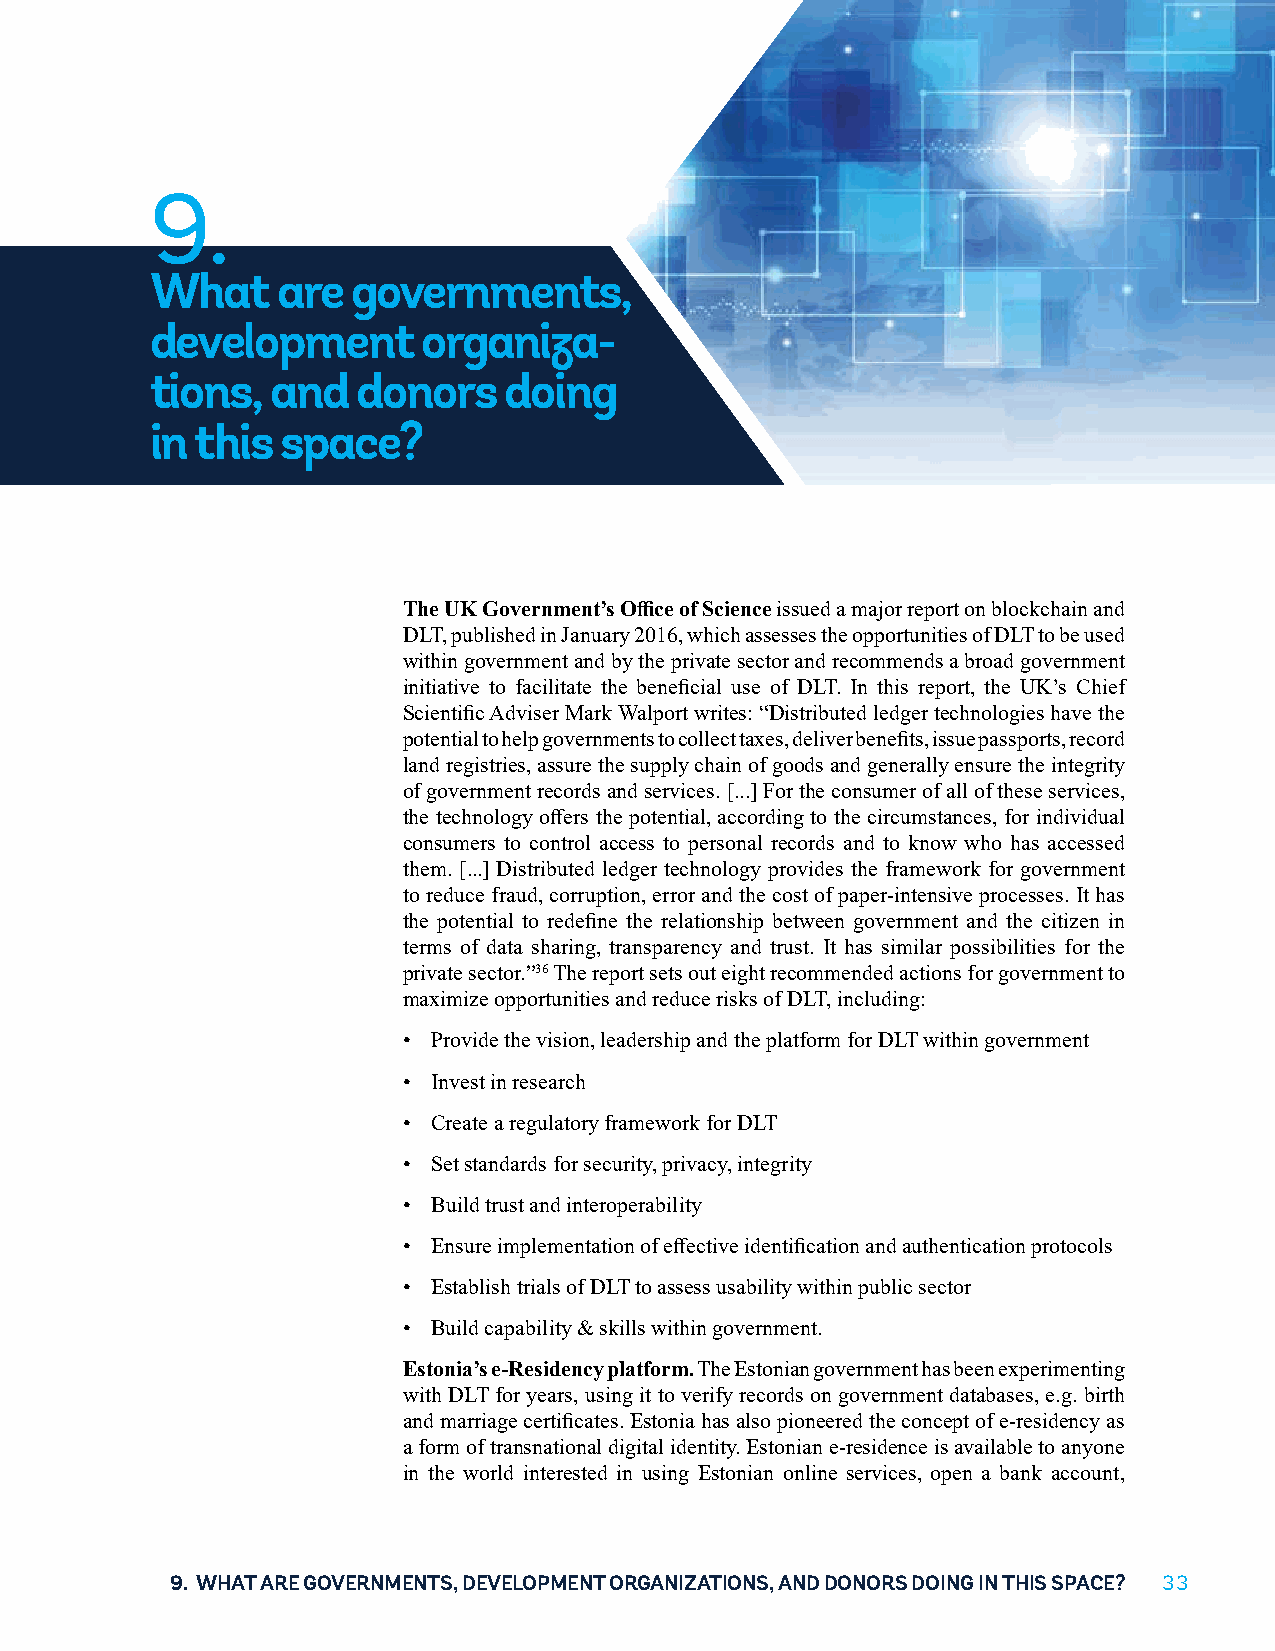
9.
 What    are  governments,
 development       organiza-
 tions,  and   donors   doing
 in this  space?
 The UK Government’s Office of Science issued a major report on blockchain and
 DLT, published in January 2016, which assesses the opportunities of DLT to be used
 within government and by the private sector and recommends a broad government
 initiative to facilitate the beneficial use of DLT. In this report, the UK’s Chief
 Scientific Adviser Mark Walport writes: “Distributed ledger technologies have the
 potential to help governments to collect taxes, deliver benefits, issue passports, record
 land registries, assure the supply chain of goods and generally ensure the integrity
 of government records and services. [...] For the consumer of all of these services,
 the technology offers the potential, according to the circumstances, for individual
 consumers to control access to personal records and to know who has accessed
 them. [...] Distributed ledger technology provides the framework for government
 to reduce fraud, corruption, error and the cost of paper-intensive processes. It has
 the potential to redefine the relationship between government and the citizen in
 terms of data sharing, transparency and trust. It has similar possibilities for the
 private sector.”36 The report sets out eight recommended actions for government to
 maximize opportunities and reduce risks of DLT, including:
 • Provide the vision, leadership and the platform for DLT within government
 • Invest in research
 • Create a regulatory framework for DLT
 • Set standards for security, privacy, integrity
 • Build trust and interoperability
 • Ensure implementation of effective identification and authentication protocols
 • Establish trials of DLT to assess usability within public sector
 • Build capability & skills within government.
 Estonia’s e-Residency platform. The Estonian government has been experimenting
 with DLT for years, using it to verify records on government databases, e.g. birth
 and marriage certificates. Estonia has also pioneered the concept of e-residency as
 a form of transnational digital identity. Estonian e-residence is available to anyone
 in the world interested in using Estonian online services, open a bank account,
 9. WHAT ARE GOVERNMENTS, DEVELOPMENT ORGANIZATIONS, AND DONORS DOING IN THIS SPACE? 33